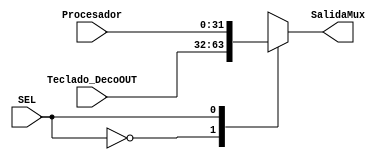
module MuxTeclado(
    input SEL,
    input [31:0] Teclado_DecoOUT, Procesador,
    output reg [31:0] SalidaMux
);
always @(*)begin
    case(SEL)
    1'b0: SalidaMux = Teclado_DecoOUT;
    1'b1: SalidaMux = Procesador;
    endcase
end

endmodule